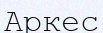
Аркес